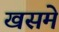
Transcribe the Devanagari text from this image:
खसमे